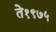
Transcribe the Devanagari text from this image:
ते१९७५